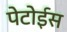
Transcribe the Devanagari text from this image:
पेटोईस